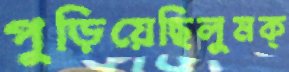
পুড়িয়েছিলুমক্